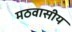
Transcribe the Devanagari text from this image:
मठवासीय